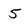
Character: 5